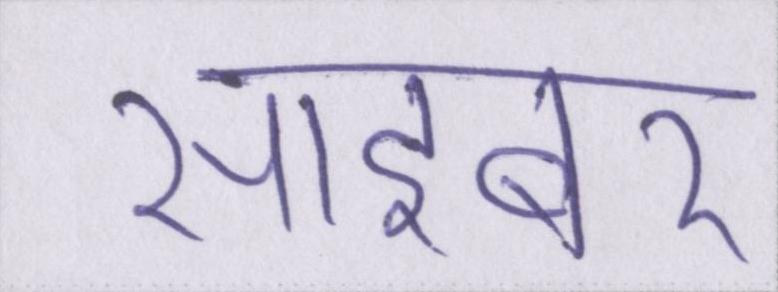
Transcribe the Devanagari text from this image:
साइबर